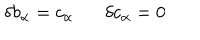
\delta b _ { \alpha } = c _ { \alpha } \delta c _ { \alpha } = 0